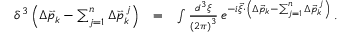
\begin{array} { r l r } { \delta ^ { 3 } \left( \Delta \vec { p } _ { k } - \sum _ { j = 1 } ^ { n } \Delta \vec { p } _ { k } ^ { \, j } \right) } & { = } & { \int \frac { d ^ { 3 } \xi } { \left( 2 \pi \right) ^ { 3 } } \, e ^ { - i \vec { \xi } \cdot \left( \Delta \vec { p } _ { k } - \sum _ { j = 1 } ^ { n } \Delta \vec { p } _ { k } ^ { \, j } \right) } \, . } \end{array}